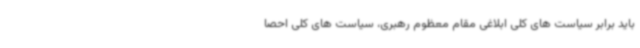
باید برابر سیاست های کلی ابلاغی مقام معظوم رهبری، سیاست های کلی احصا